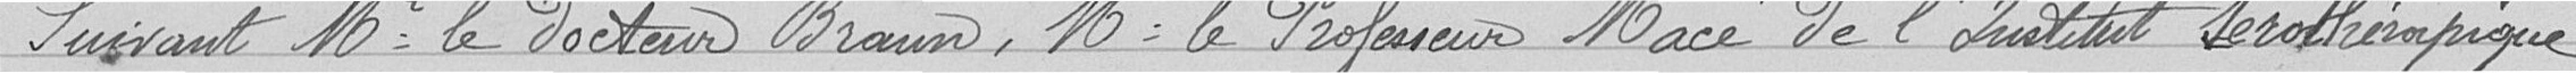
Suivant le Docteur BRAUN, Monsieur le Professeur MACE de l'institut sérothérapique